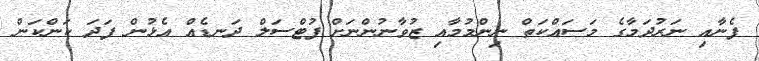
ފެނާއި ނަރުދަމާގެ މަސައްކަތް ނިންމުމާއި ޒުވާނުންނަށް ފުޓްސަލް ދަނޑެެއް އެޅުން ފަދަ ކަންކަން